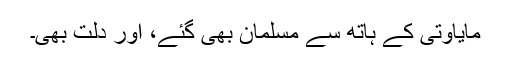
مایاوتی کے ہاتھ سے مسلمان بھی گئے، اور دلت بھی۔